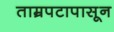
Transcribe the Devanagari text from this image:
ताम्रपटापासून